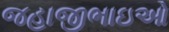
જહાજીભાઇઓ